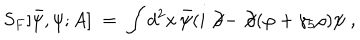
S _ { F } [ { \bar { \psi } } , \psi ; A ] \; = \; \int d ^ { 2 } x \, { \bar { \psi } } ( i \not \! \partial - \not \! \partial ( \varphi + \gamma _ { 5 } \rho ) \psi \; ,